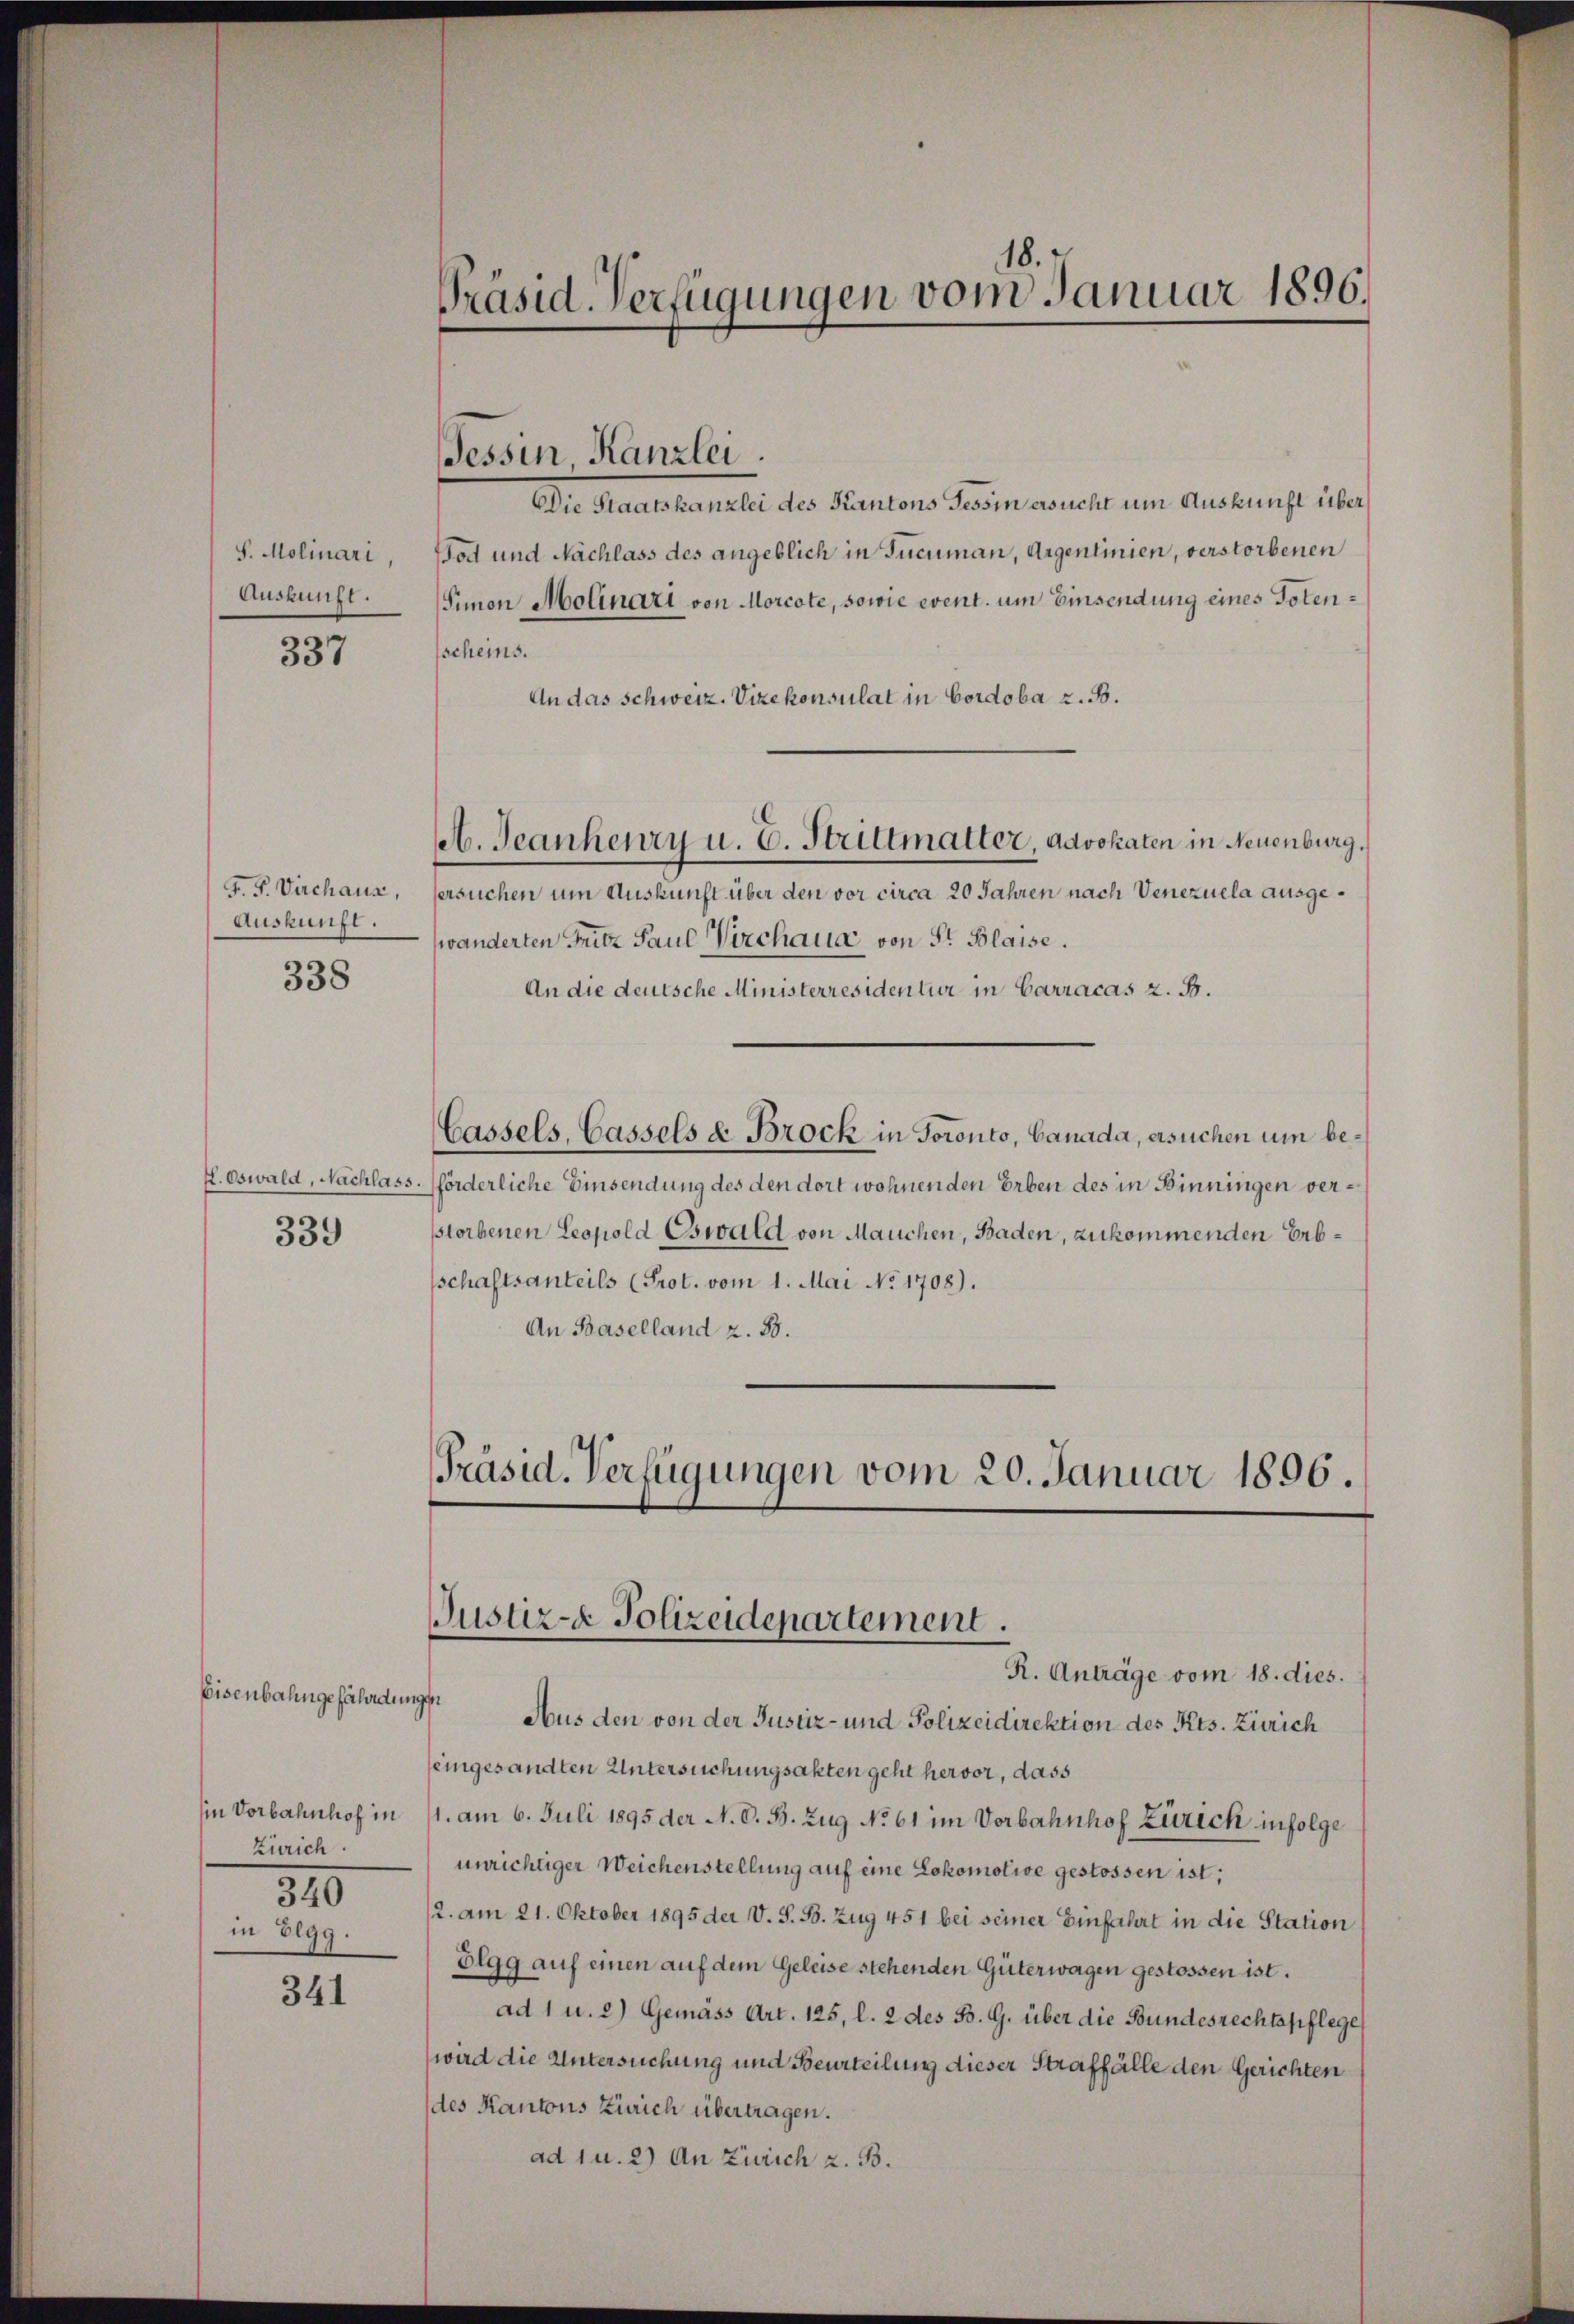
S. Molinari,
Auskunft.

337

Auskunft.

338

339

in Vorbahnhof in
Zürich.

Eisenbahngefährdungen

340

in Elgg.

341

Präsid. Verfügungen vom Januar 1896.

Die Staatskanzlei des Kantons Tessin ersucht um Auskunft über¬
Bod und Nachlass des angeblich in Tucuman, Argenlinien, verstorbenen
Simon Molinari von Morcote, sowie event. um Einsendung eines Totensscheins.
An das Schweiz. Vizekonsulat in Cordoba z. B.
F. P. Virchaus, ersuchen um Auskunft über den vor circa 20 Jahren nach Venezuela ausgewänderten Fritz Paul Virchaue, von St. Blaise.
An die deutsche Ministerresidentur in Carracas z. B.
Cassels, Cassels & Brock in Toronto, Canada, ersuchen um be¬
H. Oswald, Nachlass. Pförderliche Einsendung des den dort wohnenden Erben des in Binningen verstorbenen Leopold Eswald von Mauchen, Baden, zukommenden Erbschaftsanteils (Prot. vom 1. Mai No 1708).
An Baselland z. 88.

Tessin Kanzlei.

b. Jeanheury u. E. Strittmalter, Advokaten in Neuenburg,

[Präsid. Verfügungen vom 20. Januar 1896.
Justiz- Polizeidepartement.
R. Anträge vom 18. dies.

Aus den von der Justiz- und Polizeidirektion des Kts. Zürich
feingesandten Untersuchungsakten geht hervor, dass
1. am 6. Juli 1895 der N. O. B. Zug No 61 im Vorbahnhof Zürich infolge
unrichtiger Weichenstellung auf eine Lokomotive gestossen ist;
/2. am 21. Oktober 1895 der V. S. B. Zug 451 bei seiner Einfahrt in die Station
Dlgg auf einen auf dem Geleise stehenden Güterwagen gestossen ist.
ad 1 u. 2) Gemäss Art. 125, l. 2 des B. G. über die Bundesrechtspflege
wird die Untersuchung und Beurteilung dieser Straffälle den Gerichten
des Kantons Zürich übertragen.
ad 1 u. 2) An Zürich z. B.